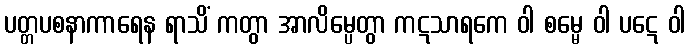
ပတ္တပစနာကာရေန ရာသိံ ကတွာ အာလိမ္ပေတွာ ကဋသာရကေ ဝါ စမ္မေ ဝါ ပဋေ ဝါ